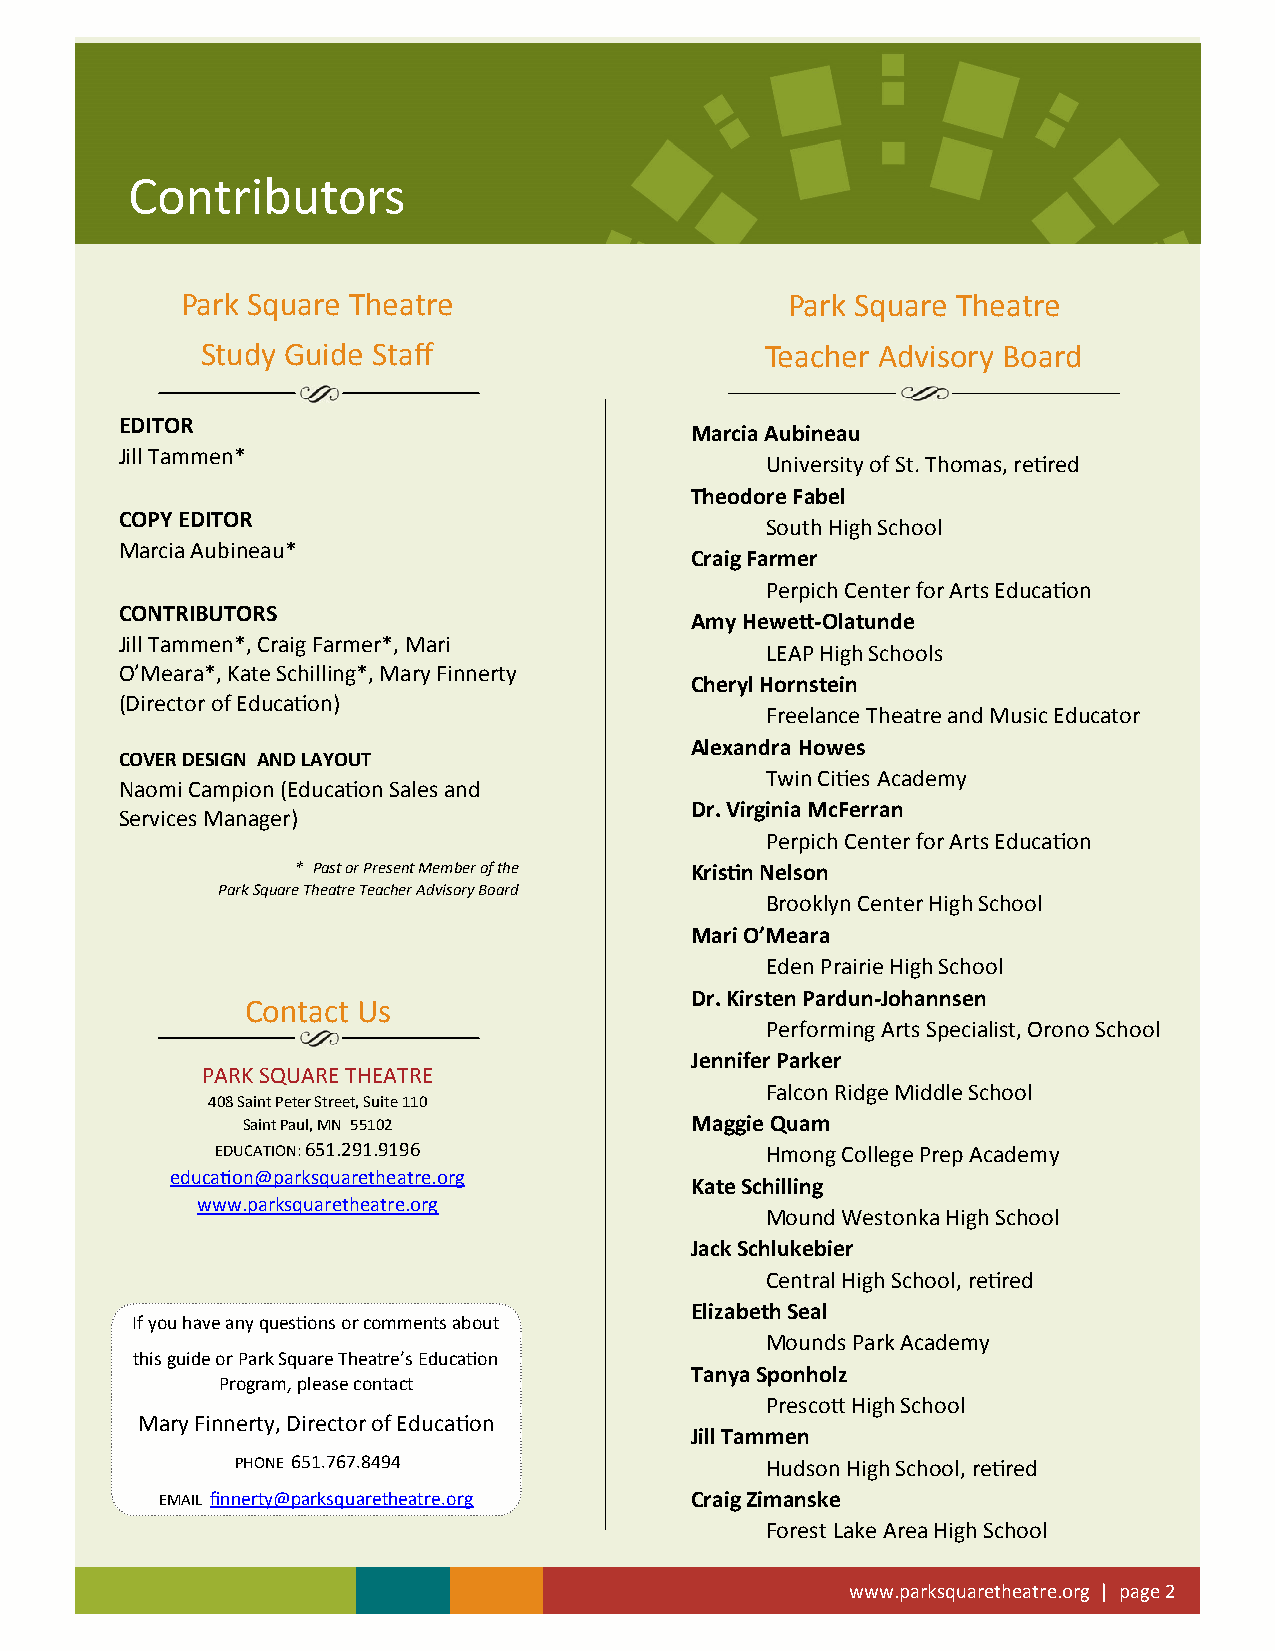
Contributors
 SCtoundtyri bGuutiodres
 Park Square Theatre                     Park Square Theatre
 Study Guide Staff                     Teacher Advisory Board
 EDITOR
 Marcia Aubineau
 Jill Tammen*
 University of St. Thomas, retired
 Theodore Fabel
 COPY EDITOR
 South High School
 Marcia Aubineau*
 Craig Farmer
 Perpich Center for Arts Education
 CONTRIBUTORS
 Amy Hewett-Olatunde
 Jill Tammen*, Craig Farmer*, Mari
 LEAP High Schools
 O’Meara*, Kate Schilling*, Mary Finnerty
 Cheryl Hornstein
 (Director of Education)
 Freelance Theatre and Music Educator
 Alexandra Howes
 COVER DESIGN AND LAYOUT
 Twin Cities Academy
 Naomi Campion (Education Sales and
 Dr. Virginia McFerran
 Services Manager)
 Perpich Center for Arts Education
 * Past or Present Member of the Kristin Nelson
 Park Square Theatre Teacher Advisory Board
 Brooklyn Center High School
 Mari O’Meara
 Eden Prairie High School
 Dr. Kirsten Pardun-Johannsen
 Contact Us
 Performing Arts Specialist, Orono School
 Jennifer Parker
 PARK SQUARE THEATRE
 Falcon Ridge Middle School
 408 Saint Peter Street, Suite 110
 Saint Paul, MN 55102          Maggie Quam
 EDUCATION: 651.291.9196              Hmong College Prep Academy
 education@parksquaretheatre.org
 Kate Schilling
 www.parksquaretheatre.org
 Mound Westonka High School
 Jack Schlukebier
 Central High School, retired
 Elizabeth Seal
 If you have any questions or comments about
 Mounds Park Academy
 this guide or Park Square Theatre’s Education
 Tanya Sponholz
 Program, please contact
 Prescott High School
 Mary Finnerty, Director of Education
 Jill Tammen
 PHONE 651.767.8494                 Hudson High School, retired
 EMAIL finnerty@parksquaretheatre.org Craig Zimanske
 Forest Lake Area High School
 www.parksquaretheatre.org | page 2